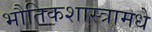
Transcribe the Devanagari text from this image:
भौतिकशास्त्रामधे